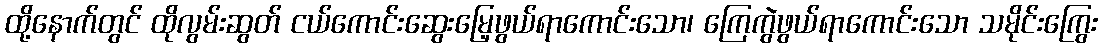
ထို့နောက်တွင် ထိုလွမ်းဆွတ် ငယ်ကောင်းဆွေးမြေ့ဖွယ်ရာကောင်းသော၊ ကြေကွဲဖွယ်ရာကောင်းသော သမိုင်းကြွေး